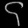
Digit: ၄